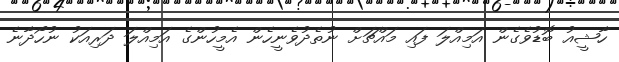
ހާޝީއު ބޮޑުވެގެން އަމިއްލަ ފައި މައްޗަށް ނުތެދުވެނީހެން އެމީހުންގެ އަމިއްލަ ދަރިއަކު ނުހޯދާނެ